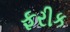
ફરીક